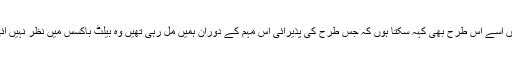
میں اسے اس طرح بھی کہہ سکتا ہوں کہ جس طرح کی پذیرائی اس مہم کے دوران ہمیں مل رہی تھیں وہ بیلٹ باکسس میں نظر نہیں آئی۔